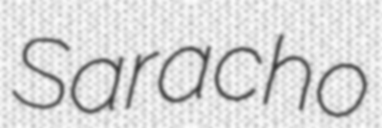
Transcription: Saracho